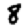
Digit: 8